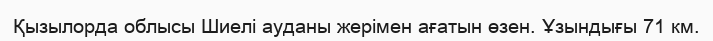
Қызылорда облысы Шиелі ауданы жерімен ағатын өзен. Ұзындығы 71 км.